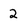
Character: 2